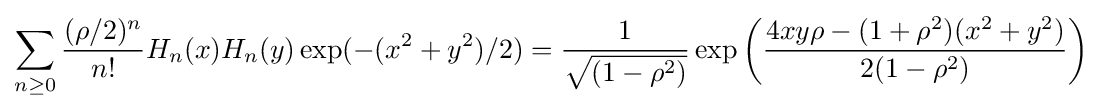
{\sum _{n\geq 0}{\frac {(\rho /2)^{n}}{n!}}H_{n}(x)H_{n}(y)\exp(-(x^{2}+y^{2})/2)={1 \over {\sqrt {(1-\rho ^{2})}}}\exp \left({4xy\rho -(1+\rho ^{2})(x^{2}+y^{2}) \over 2(1-\rho ^{2})}\right)}~